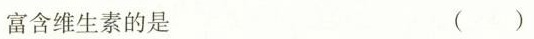
富含维生素的是 ( )